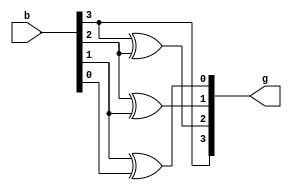
module bin2gray(g,b);
    input [3:0] b;
    output [3:0] g;
    assign g[3]=b[3];
    assign g[2]=b[3] ^ b[2];
    assign g[1]=b[2] ^ b[1];
    assign g[0]=b[1] ^ b[0];
endmodule